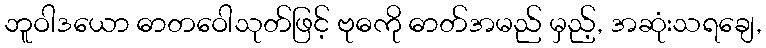
ဘူဝါဒယော ဓာတဝေါသုတ်ဖြင့် ဗုဓကို ဓာတ်အမည် မှည့်, အဆုံးသရချေ,